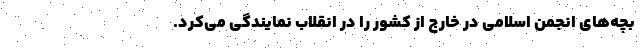
بچه‌های انجمن اسلامی در خارج از کشور را در انقلاب نمایندگی می‌کرد.